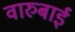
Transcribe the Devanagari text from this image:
वारुबाई